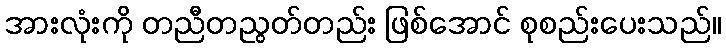
အားလုံးကို တညီတညွတ်တည်း ဖြစ်အောင် စုစည်းပေးသည်။